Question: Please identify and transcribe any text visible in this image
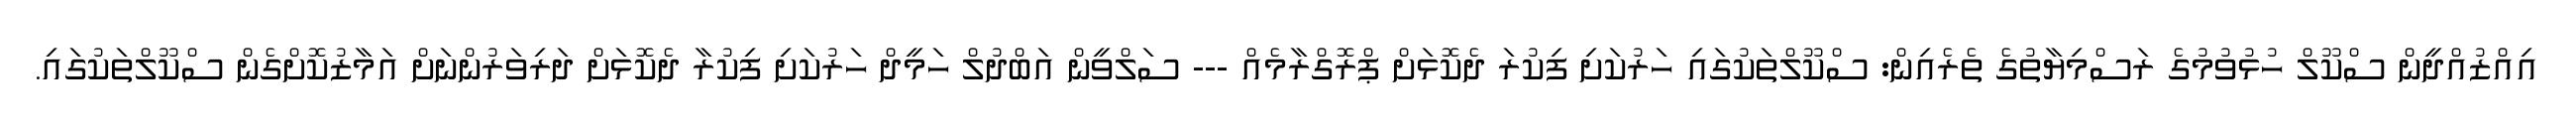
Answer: އިއްޒުއްދީން ސްކޫލް ހުޅުވުމުގެ ރަސްމިޔާތުގެ ތެރެއިން: ސްކޫލްތަކުގައި ހަރުކަށި ފިކުރަ ދެކޮޅަށް ޕްރޮގްރާމެއް --- ސަލްވީން އަބްދުލް ހަމީދް ހަރުކަށި ފިކުރާ ދެކޮޅަށް ދަރިވަރުންނަށް އަމާޒުކޮށްގެން ސްކޫލްތަކުގައި.